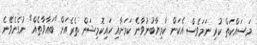
މަސައްކަތް ކުރި ނަމަވެސް އެކަން ކާމިޔާބުނުވާނެ ކަމަށާއި ހައިކޮމިޝަން ތެރެއަށް "ބަޣާވާތެއް" ނުގެނެވޭނެ